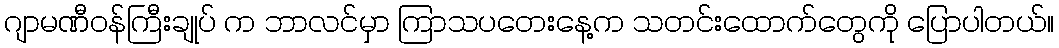
ဂျာမဏီဝန်ကြီးချုပ် က ဘာလင်မှာ ကြာသပတေးနေ့က သတင်းထောက်တွေကို ပြောပါတယ်။